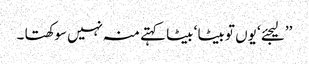
’’لیجئے ‘ یوں تو بیٹا ‘ بیٹا کہتے منہ نہیں سوکھتا ۔